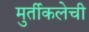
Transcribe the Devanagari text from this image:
मुर्तीकलेची